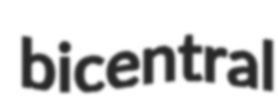
bicentral